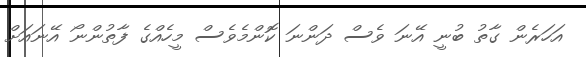
އަހަރެން ގާތު ބުނީ އޭނަ ވެސް ދަންނަ ކޮންމެވެސް މީހެއްގެ ފާތުންނޯ އޭނައަށް